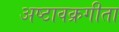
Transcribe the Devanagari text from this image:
अष्टावक्रगीता